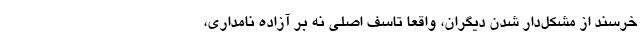
خرسند از مشکل‌دار شدن دیگران، واقعا تاسف اصلی نه بر آزاده نامداری،